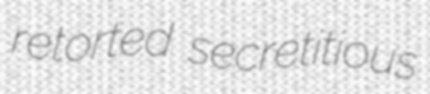
retorted secretitious